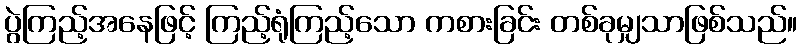
ပွဲကြည့်အနေဖြင့် ကြည့်ရုံကြည့်သော ကစားခြင်း တစ်ခုမျှသာဖြစ်သည်။